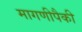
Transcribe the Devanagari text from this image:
मागणीपैकी